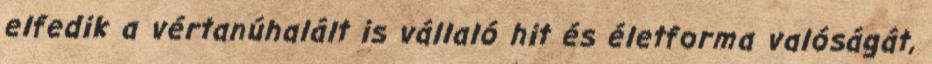
elfedik a vértanúhalált is vállaló hit és életforma valóságát,